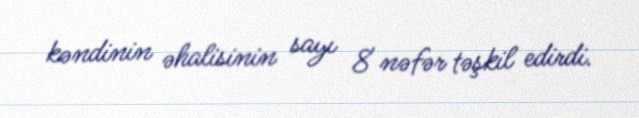
kəndinin əhalisinin sayı 8 nəfər təşkil edirdi.